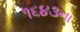
૧૬૪૩ના